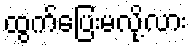
ထွက်ပြေးမလို့လား